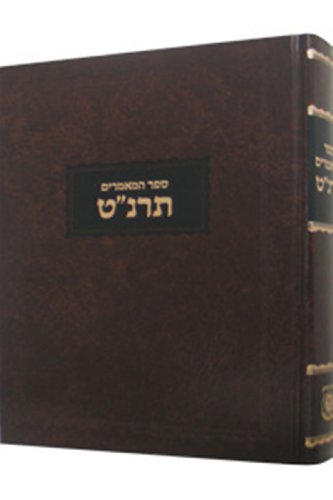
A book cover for Sefer Hamaamorim 5659 (Maamorim Rebbe Rashab) (Hebrew Edition); Rabbi Shalom DovBer Schneersohn; Religion & Spirituality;